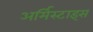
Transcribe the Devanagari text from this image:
अर्मिस्टाइस